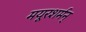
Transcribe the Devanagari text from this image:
मयूरशर्मन्